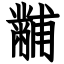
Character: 黼